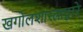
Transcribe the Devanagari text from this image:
खगोलशास्त्राद्वारे